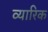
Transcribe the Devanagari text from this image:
व्यारिक